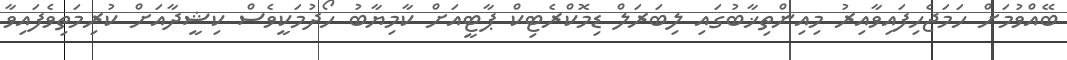
ބޭއްވުމަށް ހަމަޖެހިފައިވާއިރު މިއިންތިޚާބުގައި ލިބަރަލް ޑިމޮކްރެޓިކް ޕާޓީއަށް ކާމިޔާބު ހޯދުމަކީވެސް ކިޝީދާއަށް ކުރިމަތިވެފައިވާ